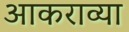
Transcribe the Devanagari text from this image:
आकराव्या